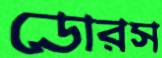
ডোরস